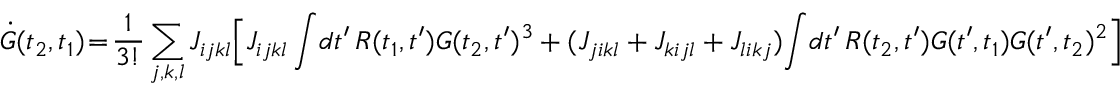
\! \dot { G } ( t _ { 2 } , t _ { 1 } ) \! = \! \frac { 1 } { 3 ! } \sum _ { j , k , l } J _ { i j k l } \Big [ J _ { i j k l } \int \! d t ^ { \prime } \, R ( t _ { 1 } , t ^ { \prime } ) G ( t _ { 2 } , t ^ { \prime } ) ^ { 3 } + ( J _ { j i k l } + J _ { k i j l } + J _ { l i k j } ) \! \int \! d t ^ { \prime } \, R ( t _ { 2 } , t ^ { \prime } ) G ( t ^ { \prime } , t _ { 1 } ) G ( t ^ { \prime } , t _ { 2 } ) ^ { 2 } \Big ]